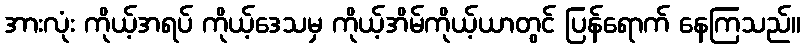
အားလုံး ကိုယ့်အရပ် ကိုယ့်ဒေသမှ ကိုယ့်အိမ်ကိုယ့်ယာတွင် ပြန်ရောက် နေကြသည်။